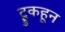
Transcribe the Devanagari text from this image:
ट्रुकहून